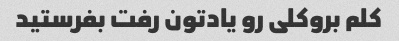
کلم بروکلی رو یادتون رفت بفرستید